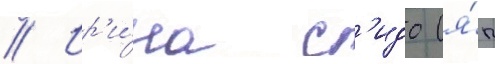
// Ир'и́на с'идо (я́п